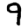
Digit: 9